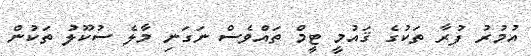
އުމުރު ފުރާ ތަކުގެ ޤައުމީ ޓީމް ތައްވެސް ނަގަނި މާލެ ސުކޫލު ތަކުން